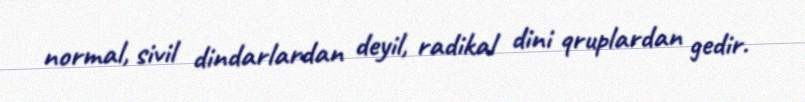
normal, sivil dindarlardan deyil, radikal dini qruplardan gedir.